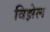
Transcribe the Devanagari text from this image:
विझेल